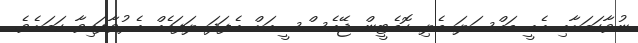
ނުވާކަމަށާއި އެއީ މައްސަލަ ބެލި ކޮމެޓީން ޖޭއެސްސީއަށް އެފަދަ ލަފައެއް އެރުވާފައިވާ ކަމަށެވެ.